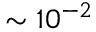
\sim 1 0 ^ { - 2 }